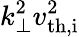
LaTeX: k_{\perp}^{2}v_{\mathrm{th,i}}^{2}